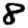
Digit: 8